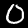
Label: 0